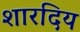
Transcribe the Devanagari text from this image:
शारदिय